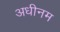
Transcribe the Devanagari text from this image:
अधीनम